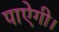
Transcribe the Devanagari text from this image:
पाऐगी।